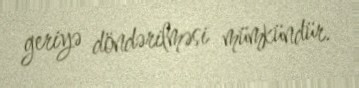
geriyə döndərilməsi mümkündür.